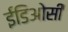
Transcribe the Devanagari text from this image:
ईडिओसी